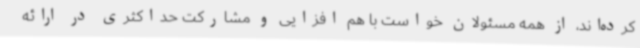
کرده‌اند، از همه مسئولان خواست با هم افزایی و مشارکت حداکثری در ارائه